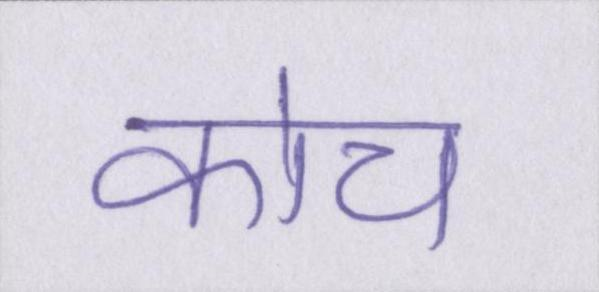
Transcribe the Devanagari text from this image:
कोच